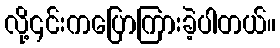
လို့၎င်းကပြောကြားခဲ့ပါတယ်။